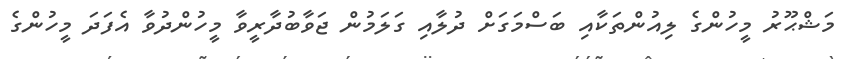
މަޝްޙޫރު މީހުންގެ ލިއުންތަކާއި ބަސްމަގަށް ދުލާއި ގަލަމުން ޖަވާބުދާރީވާ މީހުންދުވާ އެފަދަ މީހުންގެ